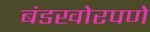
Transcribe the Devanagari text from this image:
बंडखोरपणे